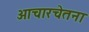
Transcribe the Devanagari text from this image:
आचारचेतना